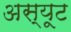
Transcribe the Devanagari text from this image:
अस्यूट